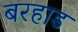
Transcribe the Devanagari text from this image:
बरहाड